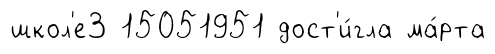
школ'е3 15051951 дост'и́гла ма́рта